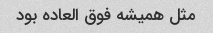
مثل همیشه فوق العاده بود